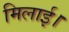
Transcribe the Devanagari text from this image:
मिलाई।